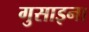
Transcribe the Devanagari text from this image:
गुसाइना